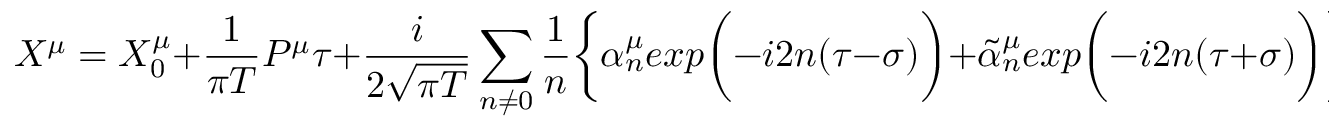
X ^ { \mu } = X _ { 0 } ^ { \mu } + { \frac { 1 } { \pi T } } P ^ { \mu } \tau + { \frac { i } { 2 \sqrt { \pi T } } } \sum _ { n \neq 0 } { \frac { 1 } { n } } \bigg \{ \alpha _ { n } ^ { \mu } e x p \bigg ( - i 2 n ( \tau - \sigma ) \bigg ) + \tilde { \alpha } _ { n } ^ { \mu } e x p \bigg ( - i 2 n ( \tau + \sigma ) \bigg ) \bigg \}